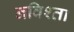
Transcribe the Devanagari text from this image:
नविश्ता